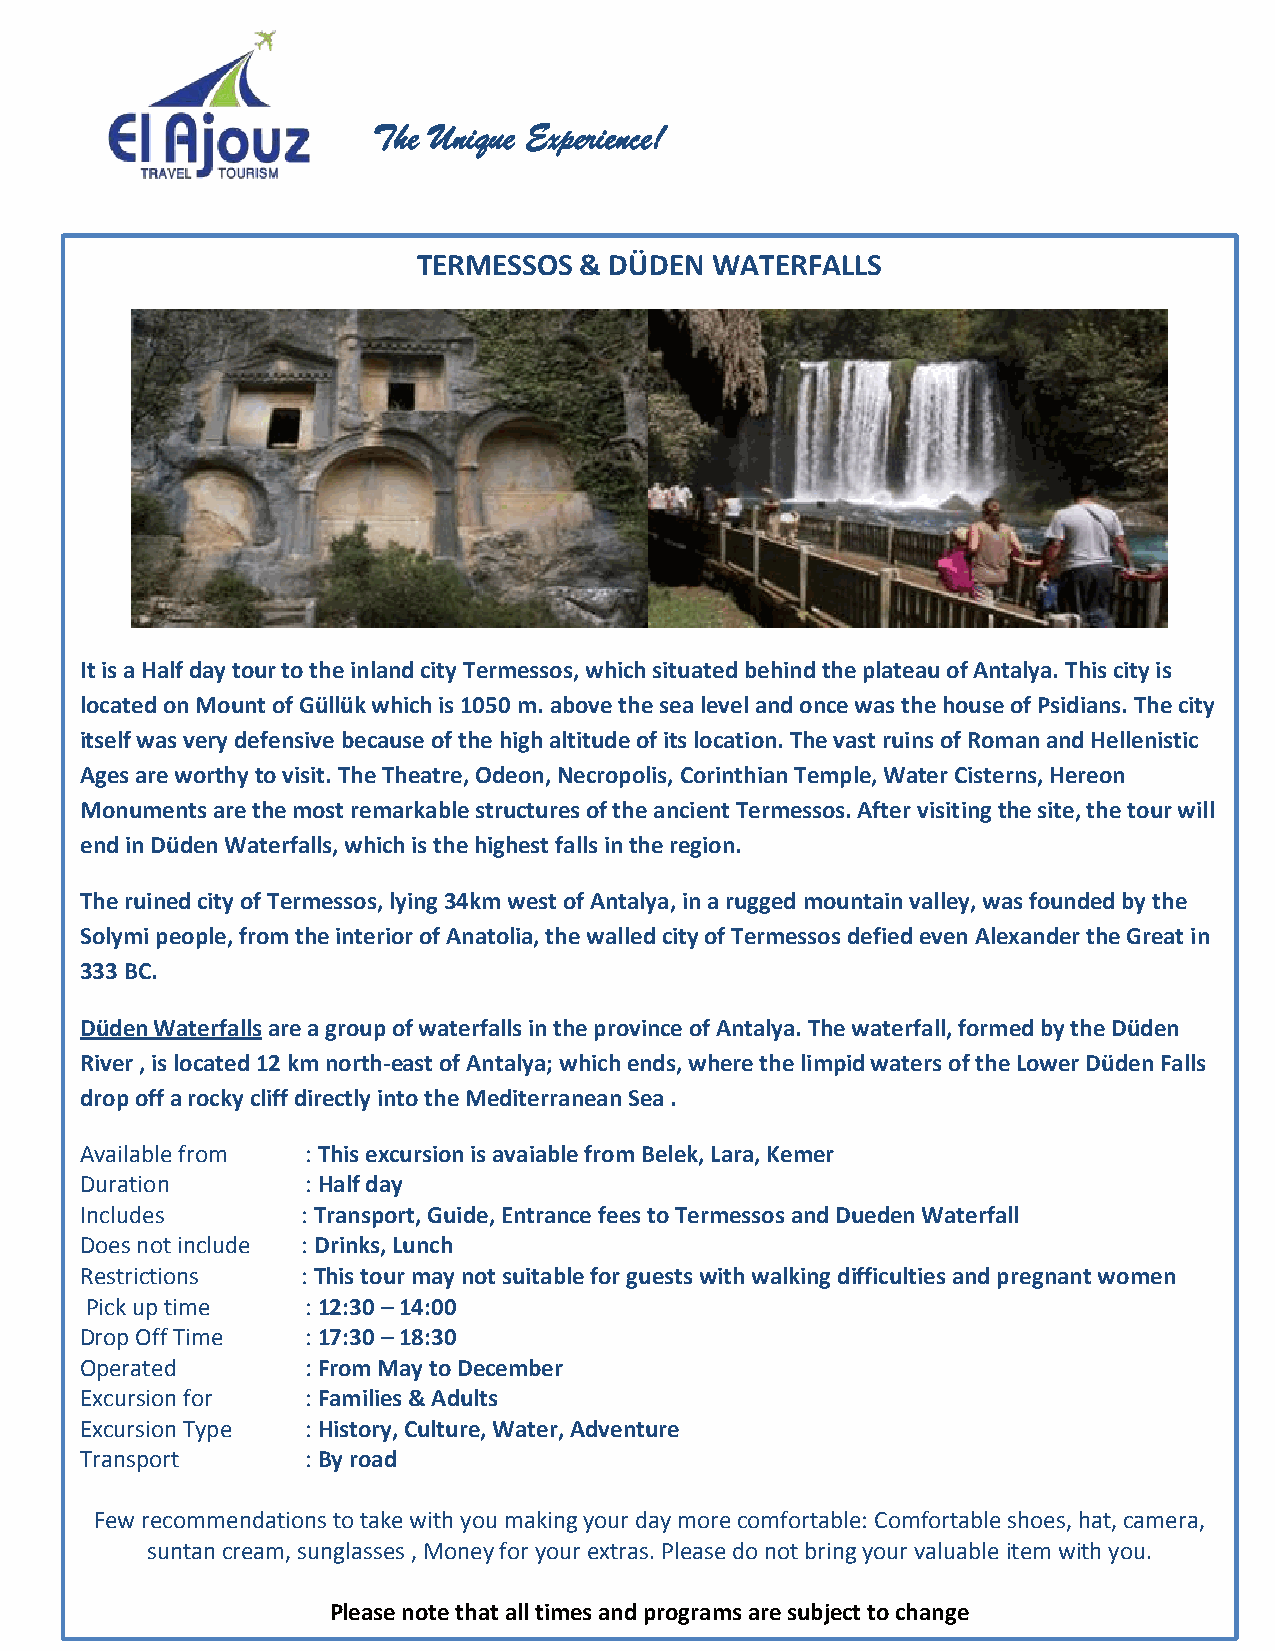
The Unique Experience!
 TERMESSOS & DÜDEN  WATERFALLS
 It is a Half day tour to the inland city Termessos, which situated behind the plateau of Antalya. This city is
 located on Mount of Güllük which is 1050 m. above the sea level and once was the house of Psidians. The city
 itself was very defensive because of the high altitude of its location. The vast ruins of Roman and Hellenistic
 Ages are worthy to visit. The Theatre, Odeon, Necropolis, Corinthian Temple, Water Cisterns, Hereon
 Monuments are the most remarkable structures of the ancient Termessos. After visiting the site, the tour will
 end in Düden Waterfalls, which is the highest falls in the region.
 The ruined city of Termessos, lying 34km west of Antalya, in a rugged mountain valley, was founded by the
 Solymi people, from the interior of Anatolia, the walled city of Termessos defied even Alexander the Great in
 333 BC.
 Düden Waterfalls are a group of waterfalls in the province of Antalya. The waterfall, formed by the Düden
 River , is located 12 km north-east of Antalya; which ends, where the limpid waters of the Lower Düden Falls
 drop off a rocky cliff directly into the Mediterranean Sea .
 Available from : This excursion is avaiable from Belek, Lara, Kemer
 Duration       : Half day
 Includes       : Transport, Guide, Entrance fees to Termessos and Dueden Waterfall
 Does not include : Drinks, Lunch
 Restriction s  : This tour may not suitable for guests with walking difficulties and pregnant women
 Pick up time  : 12:30 – 14:00
 Drop Off Time  : 17:30 – 18:30
 Operated       : From May to December
 Excursion for  : Families & Adults
 Excursion Type : History, Culture, Water, Adventure
 Transport      : By road
 Few recommendations to take with you making your day more comfortable: Comfortable shoes, hat, camera,
 suntan cream, sunglasses , Money for your extras. Please do not bring your valuable item with you.
 Please note that all times and programs are subject to change